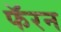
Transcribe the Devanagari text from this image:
फॅरन